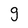
Character: g